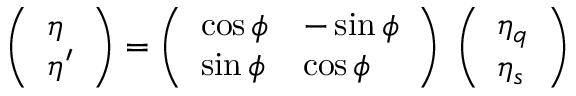
\left( \begin{array} { l } { { \eta } } \\ { { \eta ^ { \prime } } } \end{array} \right) = \left( \begin{array} { l l } { { \cos \phi } } & { { - \sin \phi } } \\ { { \sin \phi } } & { { \cos \phi } } \end{array} \right) \; \left( \begin{array} { l } { { \eta _ { q } } } \\ { { \eta _ { s } } } \end{array} \right)